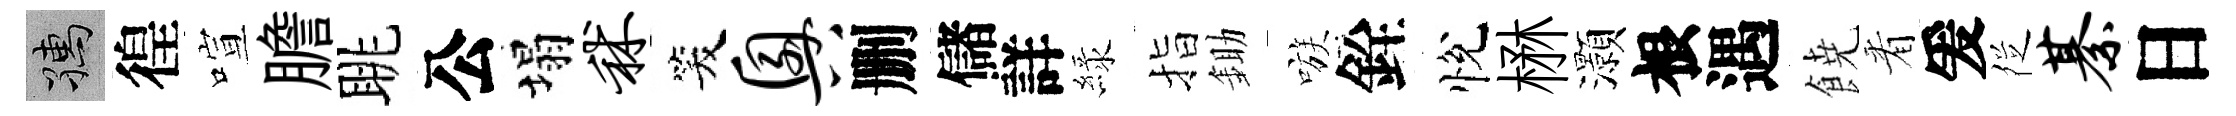
孺徨喧膽眺公塌秫笑兴删儲詳緑指鋤嗾銓悅楙灝根遇𩜙㸔爰徔綦日